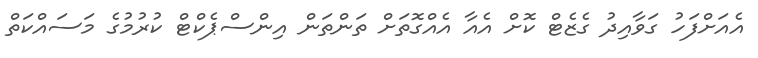
އެއަށްފަހު ގަވާއިދު ގެޒެޓް ކޮށް އެއާ އެއްގޮތަށް ތަންތަން އިންސްޕެކްޓް ކުރުމުގެ މަސައްކަތް